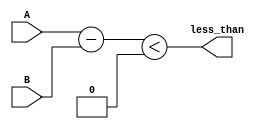
module less_than_comparator(
    input wire [31:0] A,
    input wire [31:0] B,
    output wire less_than
);

reg [31:0] difference;

assign less_than = (difference < 0);

always @(*) begin
    difference = A - B;
end

endmodule